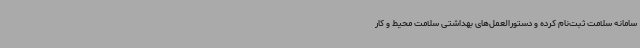
سامانه سلامت ثبت‌نام کرده و دستورالعمل‌های بهداشتی سلامت محیط و کار